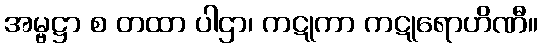
အမ္ဗဋ္ဌာ စ တထာ ပါဌာ၊ ကဋုကာ ကဋုရောဟိဏီ။